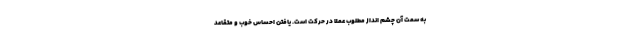
به سمت آن چشم انداز مطلوب عملاً در حرکت است. یافتن احساس خوب و متقاعد